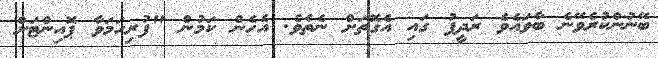
ބޭނުންކުރެވޭނެ ބާވައެވެ ރަދީފު ގައި އެގޮތަށް ނެތެވެ. އެހެން ކަމުން "ފުރިހަމަވާ ޕޮއިންޓަށް